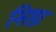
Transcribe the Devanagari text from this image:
सिष्ठा